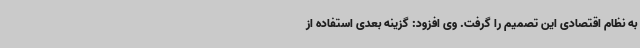
به نظام اقتصادی این تصمیم را گرفت. وی افزود: گزینه بعدی استفاده از